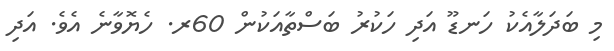
މި ބަދަލާއެކު ހަނޑޫ އަދި ހަކުރު ބަސްތާއަކުން 60ރ. ހެޔޮވާނެ އެވެ. އަދި